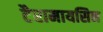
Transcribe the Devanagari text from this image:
टैरामायसिन